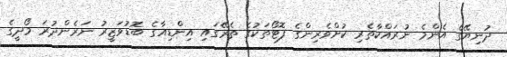
ދުނިޔޭގެ އެންމެ ނުރައްކާތެރި ކުށްވެރިންގެ ފޮޓޯތަކުގެ ތެރޭގައި އިންޑިއާގެ ބޮޑުވަޒީރު ނަރެންދުރަ މޯދީގެ